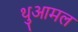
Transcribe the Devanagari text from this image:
थुआमल